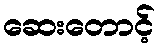
ဆေးတောင့်